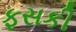
ફસકી